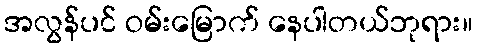
အလွန်ပင် ဝမ်းမြောက် နေပါတယ်ဘုရား။